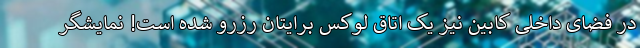
در فضای داخلی کابین نیز یک اتاق لوکس برایتان رزرو شده است! نمایشگر